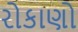
રોકાણો